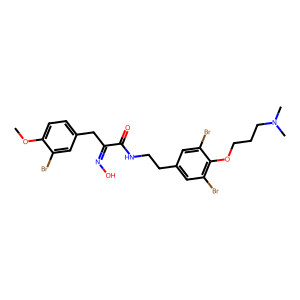
SMILES: COc1ccc(CC(=NO)C(=O)NCCc2cc(Br)c(OCCCN(C)C)c(Br)c2)cc1Br
Inhibits HIV replication: No